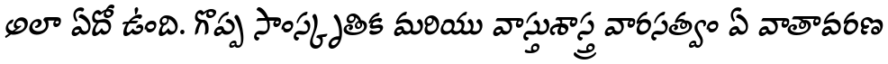
అలా ఏదో ఉంది. గొప్ప సాంస్కృతిక మరియు వాస్తుశాస్త్ర వారసత్వం ఏ వాతావరణ